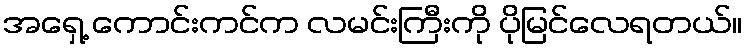
အရှေ့ ကောင်းကင်က လမင်းကြီးကို ပိုမြင်လေရတယ်။